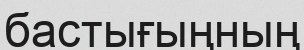
бастығыңның